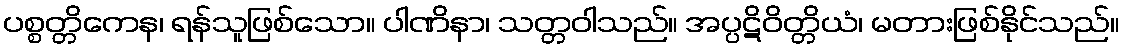
ပစ္စတ္တိကေန၊ ရန်သူဖြစ်သော။ ပါဏိနာ၊ သတ္တဝါသည်။ အပ္ပဋိဝိတ္တိယံ၊ မတားဖြစ်နိုင်သည်။